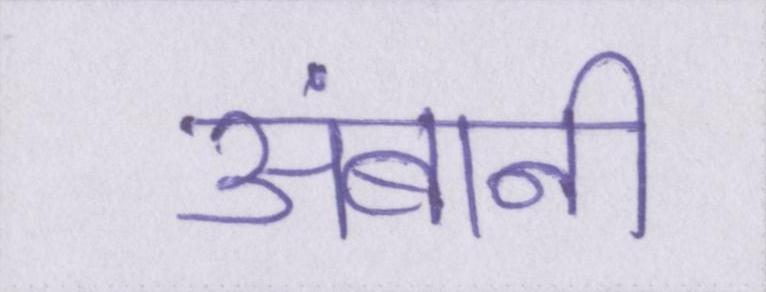
अंबानी